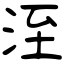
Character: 洷